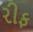
રીફ